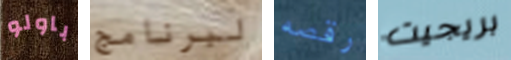
باولو لبرنامج رقصه بريجيت